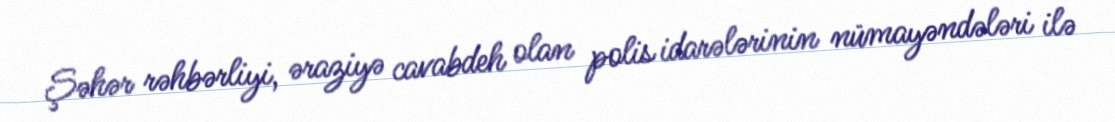
Şəhər rəhbərliyi, əraziyə cavabdeh olan polis idarələrinin nümayəndələri ilə